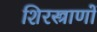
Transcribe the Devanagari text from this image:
शिरस्त्राणों